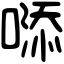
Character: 𠻹